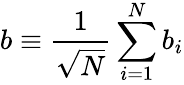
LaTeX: b\equiv\frac{1}{\sqrt N}\sum_{i=1}^{N}b_{i}